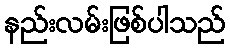
နည်းလမ်းဖြစ်ပါသည်